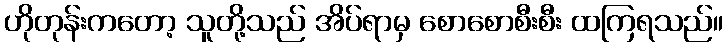
ဟိုတုန်းကတော့ သူတို့သည် အိပ်ရာမှ စောစောစီးစီး ထကြရသည်။